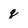
Character: q